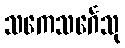
သကေသင်္ဂေသု